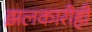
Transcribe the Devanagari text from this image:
झलकारीही